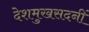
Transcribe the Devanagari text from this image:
देशमुखसदनीं